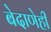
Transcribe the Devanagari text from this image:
बेदाणेही